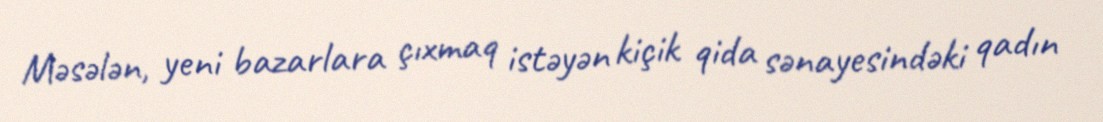
Məsələn, yeni bazarlara çıxmaq istəyən kiçik qida sənayesindəki qadın